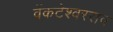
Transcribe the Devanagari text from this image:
वेंकटेश्वरराव